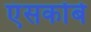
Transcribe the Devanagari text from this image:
एंसकोंबे